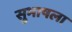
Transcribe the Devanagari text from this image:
सुभाषला